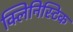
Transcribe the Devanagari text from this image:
क्लिनिस्टिक